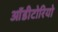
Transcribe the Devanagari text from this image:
ऑडीटोरियो